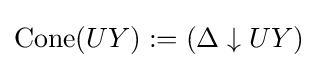
\mathrm {Cone} (UY):=(\Delta \downarrow {UY})